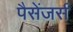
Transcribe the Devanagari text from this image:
पैसेंजर्स